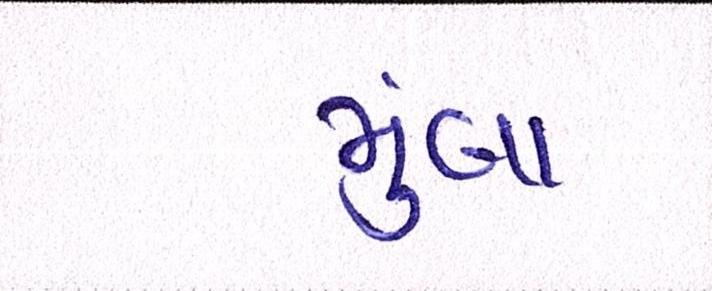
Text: મુંબા